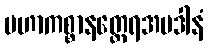
မဟာကစ္စာနတ္ထေရအပဒါနံ